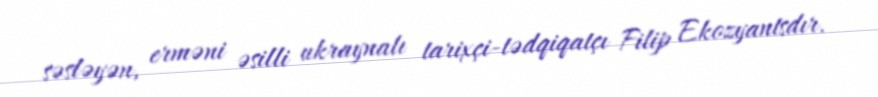
səsləyən, erməni əsilli ukraynalı tarixçi-tədqiqatçı Filip Ekozyantsdır.